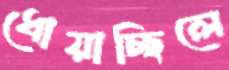
ধোয়াচ্ছিলে